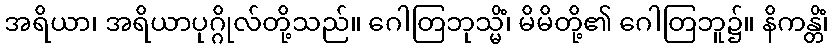
အရိယာ၊ အရိယာပုဂ္ဂိုလ်တို့သည်။ ဂေါတြဘုသ္မိံ၊ မိမိတို့၏ ဂေါတြဘူ၌။ နိကန္တိံ၊